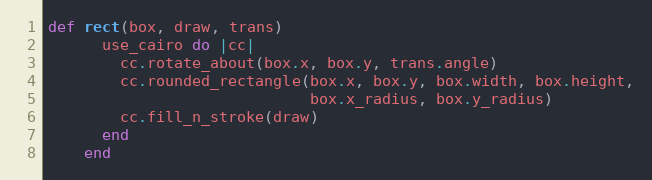
Language: Ruby
def rect(box, draw, trans)
      use_cairo do |cc|
        cc.rotate_about(box.x, box.y, trans.angle)
        cc.rounded_rectangle(box.x, box.y, box.width, box.height,
                             box.x_radius, box.y_radius)
        cc.fill_n_stroke(draw)
      end
    end